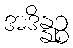
အဒိန္နဉ္စ